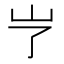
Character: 𱛆